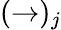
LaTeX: (\rightarrow)_{j}